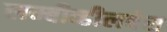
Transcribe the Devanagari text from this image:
लम्बीव्हीलबेस